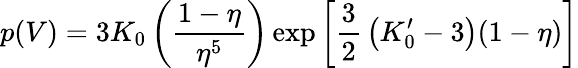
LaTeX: p(V)=3K_{0}\left({\frac{1-\eta}{\eta^{5}}}\right)\exp\left[{\frac{3}{2}}\left(K_{0}^{\prime}-3\right)(1-\eta)\right]